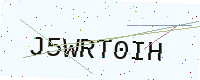
Text: J5WRT0IH